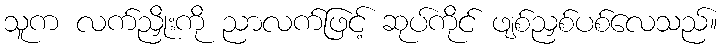
သူက လက်ညှိုးကို ညာလက်ဖြင့် ဆုပ်ကိုင် ဖျစ်ညှစ်ပစ်လေသည်။